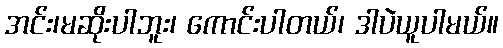
အင်း၊မဆိုးပါဘူး၊ ကောင်းပါတယ်၊ ဒါပဲယူပါမယ်။